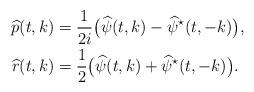
LaTeX: \begin{align*}\widehat p(t,k)&=\frac{1}{2i}\big(\widehat\psi(t,k)- \widehat\psi^\star(t,-k)\big),\\\widehat r(t,k)&=\frac{1}{2}\big(\widehat\psi(t,k)+ \widehat\psi^\star(t,-k)\big).\end{align*}